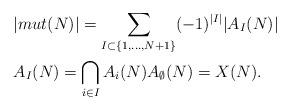
LaTeX: \begin{align*}&|mut(N)|=\sum_{I\subset\{1,\hdots,N+1\}}(-1)^{|I|}|A_I(N)|\\& A_I(N)=\bigcap_{i\in I}A_i(N) A_{\emptyset}(N)=X(N). \end{align*}